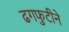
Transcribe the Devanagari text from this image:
ढगफुटीने